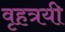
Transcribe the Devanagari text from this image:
वृहत्रयी